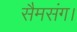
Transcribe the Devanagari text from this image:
सैमसंग।